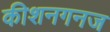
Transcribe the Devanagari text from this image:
कीशनगनज